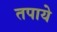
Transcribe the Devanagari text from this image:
तपाये